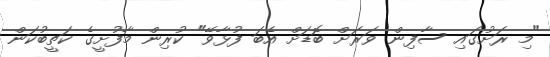
"މި ރަށުގައި ސާފިން ވަރަށް ބޮޑަށް އެބަ ފުޅާވޭ" ކުރިން މާފުށީގެ ކަތީބުކަން